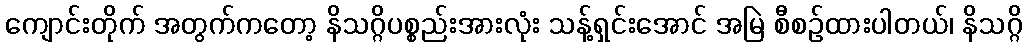
ကျောင်းတိုက် အတွက်ကတော့ နိသဂ္ဂိပစ္စည်းအားလုံး သန့်ရှင်းအောင် အမြဲ စီစဉ်ထားပါတယ်၊ နိသဂ္ဂိ